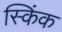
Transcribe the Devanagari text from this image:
स्किंक